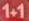
1+1